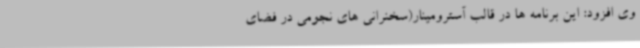
وی افزود: این برنامه ها در قالب آسترومینار(سخنرانی های نجومی در فضای